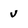
Character: v